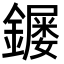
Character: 𮣌